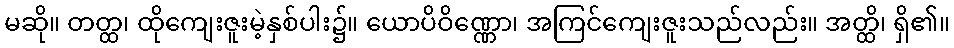
မဆို။ တတ္ထ၊ ထိုကျေးဇူးမဲ့နှစ်ပါး၌။ ယောပိဝိဏ္ဏော၊ အကြင်ကျေးဇူးသည်လည်း။ အတ္ထိ၊ ရှိ၏။